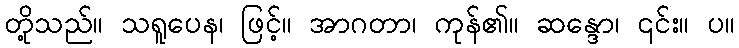
တို့သည်။ သရူပေန၊ ဖြင့်။ အာဂတာ၊ ကုန်၏။ ဆန္ဒော၊ ၎င်း။ ပ။